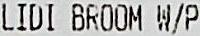
LIDI BROOM W/P